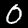
Label: 0